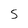
Character: S